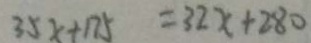
3 5 x + 1 7 5 = 3 2 x + 2 8 0